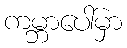
ကမ္ဘာပေါ်မှာ